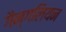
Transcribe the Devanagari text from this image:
गैन्गलियन